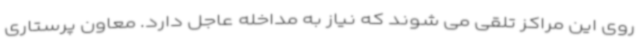
روی این مراکز تلقی می شوند که نیاز به مداخله عاجل دارد. معاون پرستاری